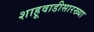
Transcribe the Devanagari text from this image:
शाहूवाडीसारख्या